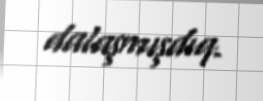
dalaşmışdıq.